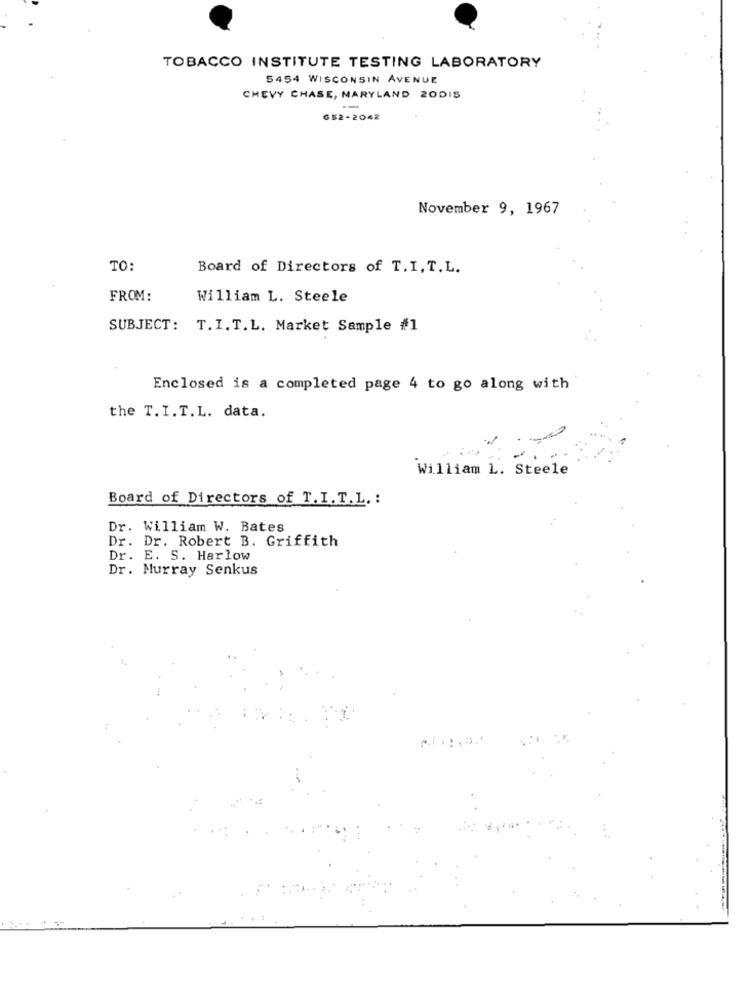
TOBACCO INSTITUTE TESTING LABORATORY
5454 WISCONSIN AVENUE
CHEVY CHASE, MARYLAND 20DIS
652-2042
November 9, 1967
TO:
Board of Directors of T.I. T.L.
FROM:
William L. Steele
SUBJECT: T.I. T.L. Market Sample #1
Enclosed is a completed page 4 to go along with
the T. I.T.L. data.
William L. Steele
Board of Directors of T.I.T.L. :
Dr. William W. Bates
Dr. Dr. Robert B. Griffith
Dr. E. S. Harlow
Dr. Murray Senkus